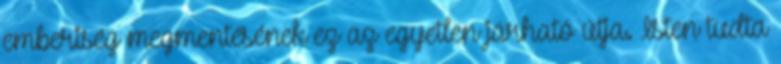
emberiség megmentésének ez az egyetlen járható útja. Isten tudta